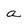
Character: a